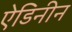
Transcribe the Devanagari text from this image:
ऐडिनीन